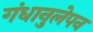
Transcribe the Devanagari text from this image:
गंधानुलेपन